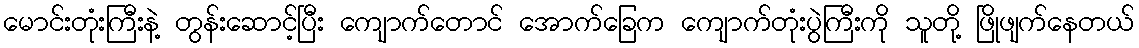
မောင်းတုံးကြီးနဲ့ တွန်းဆောင့်ပြီး ကျောက်တောင် အောက်ခြေက ကျောက်တုံးပွဲကြီးကို သူတို့ ဖြိုဖျက်နေတယ်